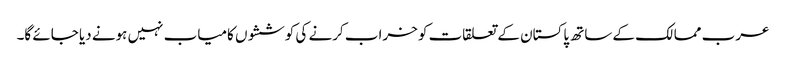
عرب ممالک کے ساتھ پاکستان کے تعلقات کو خراب کرنے کی کوششوں کامیاب نہیں ہونے دیا جائے گا۔